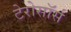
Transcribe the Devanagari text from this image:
टेरोसॉर्स